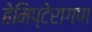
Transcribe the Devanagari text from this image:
हेमिप्टेरागण